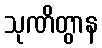
သုဏိတွာန